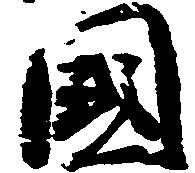
国